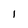
Character: I